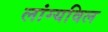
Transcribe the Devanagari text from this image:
लांग्यविल